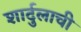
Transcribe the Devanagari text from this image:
शार्दुलाची